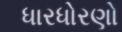
ધારધોરણો